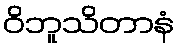
ဝိဘူသိတာနံ